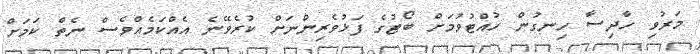
މަރުވި ހާދިސާ ހިނގުން ހުއްޓުވުމަށް ބޯޓުގެ ފަޅުވެރިންނަށް ކުރެވޭނެ އެއްކަމެއްވެސް ނެތް ކަމަށް